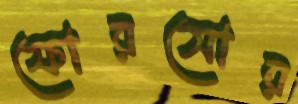
ফোরসোর